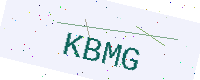
Text: KBMG